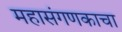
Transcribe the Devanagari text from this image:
महासंगणकाचा